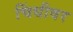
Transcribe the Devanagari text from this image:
चिंधीवर